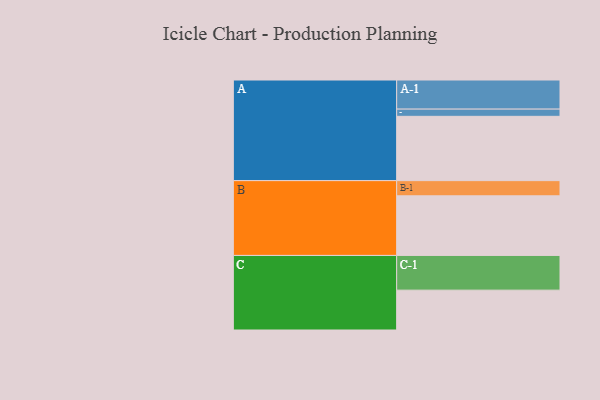
{"axis": {"x": "Segment", "y": "Value"}, "legend": ["", "A", "B", "C"], "data": [{"x": "A", "y": 508, "type": ""}, {"x": "B", "y": 471, "type": ""}, {"x": "C", "y": 315, "type": ""}, {"x": "A-1", "y": 230, "type": "A"}, {"x": "A-2", "y": 57, "type": "A"}, {"x": "B-1", "y": 120, "type": "B"}, {"x": "C-1", "y": 274, "type": "C"}]}